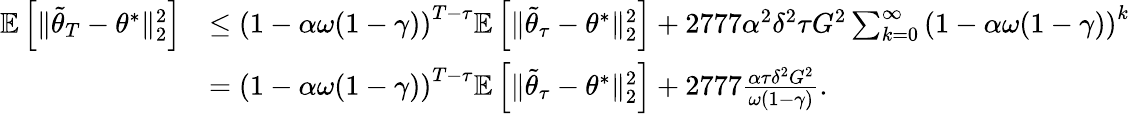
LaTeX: \begin{array}{rl}{\mathbb{E}\left[\Vert\tilde{\theta}_{T}-\theta^{*}\Vert_{2}^{2}\right]}&{\leq\left(1-\alpha\omega(1-\gamma)\right)^{T-\tau}\mathbb{E}\left[\Vert\tilde{\theta}_{\tau}-\theta^{*}\Vert_{2}^{2}\right]+2777\alpha^{2}\delta^{2}\tau G^{2}\sum_{k=0}^{\infty}\left(1-\alpha\omega(1-\gamma)\right)^{k}}\\ &{=\left(1-\alpha\omega(1-\gamma)\right)^{T-\tau}\mathbb{E}\left[\Vert\tilde{\theta}_{\tau}-\theta^{*}\Vert_{2}^{2}\right]+2777\frac{\alpha\tau\delta^{2}G^{2}}{\omega(1-\gamma)}.}\end{array}